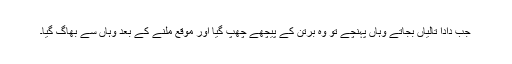
جب دادا تالیاں بجاتے وہاں پہنچے تو وہ برتن کے پیچھے چھپ گیا اور موقع ملنے کے بعد وہاں سے بھاگ گیا۔